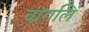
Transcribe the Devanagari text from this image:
चागलि